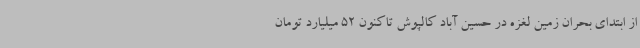
از ابتدای بحران زمین لغزه در حسین آباد کالپوش تاکنون 52 میلیارد تومان